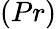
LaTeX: \left(Pr\right)